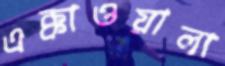
এক্কাওয়ালা